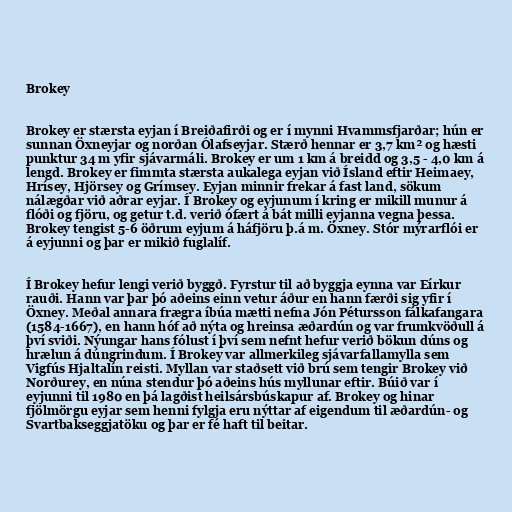
Brokey

Brokey er stærsta eyjan í Breiðafirði og er í mynni Hvammsfjarðar; hún er
sunnan Öxneyjar og norðan Ólafseyjar. Stærð hennar er 3,7 km² og hæsti
punktur 34 m yfir sjávarmáli. Brokey er um 1 km á breidd og 3,5 - 4,0 km á
lengd. Brokey er fimmta stærsta aukalega eyjan við Ísland eftir Heimaey,
Hrísey, Hjörsey og Grímsey. Eyjan minnir frekar á fast land, sökum
nálægðar við aðrar eyjar. Í Brokey og eyjunum í kring er mikill munur á
flóði og fjöru, og getur t.d. verið ófært á bát milli eyjanna vegna þessa.
Brokey tengist 5-6 öðrum eyjum á háfjöru þ.á m. Öxney. Stór mýrarflói er
á eyjunni og þar er mikið fuglalíf.

Í Brokey hefur lengi verið byggð. Fyrstur til að byggja eynna var Eírkur
rauði. Hann var þar þó aðeins einn vetur áður en hann færði sig yfir í
Öxney. Meðal annara frægra íbúa mætti nefna Jón Pétursson fálkafangara
(1584-1667), en hann hóf að nýta og hreinsa æðardún og var frumkvöðull á
því sviði. Nýungar hans fólust í því sem nefnt hefur verið bökun dúns og
hrælun á dúngrindum. Í Brokey var allmerkileg sjávarfallamylla sem
Vigfús Hjaltalín reisti. Myllan var staðsett við brú sem tengir Brokey við
Norðurey, en núna stendur þó aðeins hús myllunar eftir. Búið var í
eyjunni til 1980 en þá lagðist heilsársbúskapur af. Brokey og hinar
fjölmörgu eyjar sem henni fylgja eru nýttar af eigendum til æðardún- og
Svartbakseggjatöku og þar er fé haft til beitar.